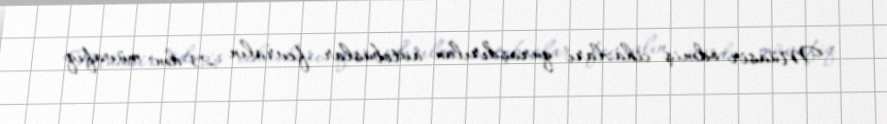
Müasir ödəniş cihazları quraşdırılan avtobuslar fevralın 23-dən müvafiq